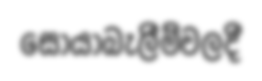
සොයාබැලීම්වලදී